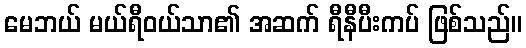
မေဘယ် မယ်ရီဝယ်သာ၏ အဆက် ရီနီပီးကပ် ဖြစ်သည်။